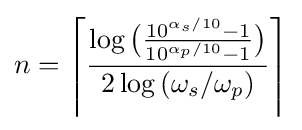
n=\left\lceil {\frac {\log {{\bigr (}{\frac {10^{\alpha _{s}/10}-1}{10^{\alpha _{p}/10}-1}}}{\bigr )}}{2\log {(\omega _{s}/\omega _{p})}}}\right\rceil